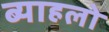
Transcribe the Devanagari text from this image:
ब्याहलो